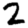
Digit: 2